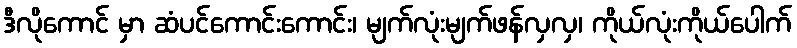
ဒီလိုကောင် မှာ ဆံပင်ကောင်းကောင်း၊ မျက်လုံးမျက်ဖန်လှလှ၊ ကိုယ်လုံးကိုယ်ပေါက်